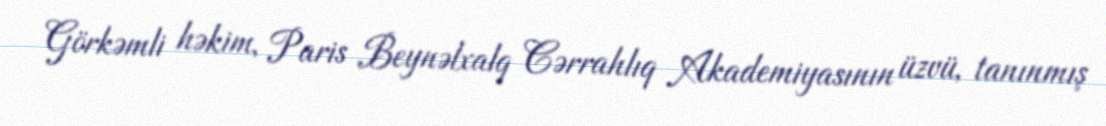
Görkəmli həkim, Paris Beynəlxalq Cərrahlıq Akademiyasının üzvü, tanınmış